Vana-Kasaritsa_(Kasaritsa)_vallavalitsus, lk 31
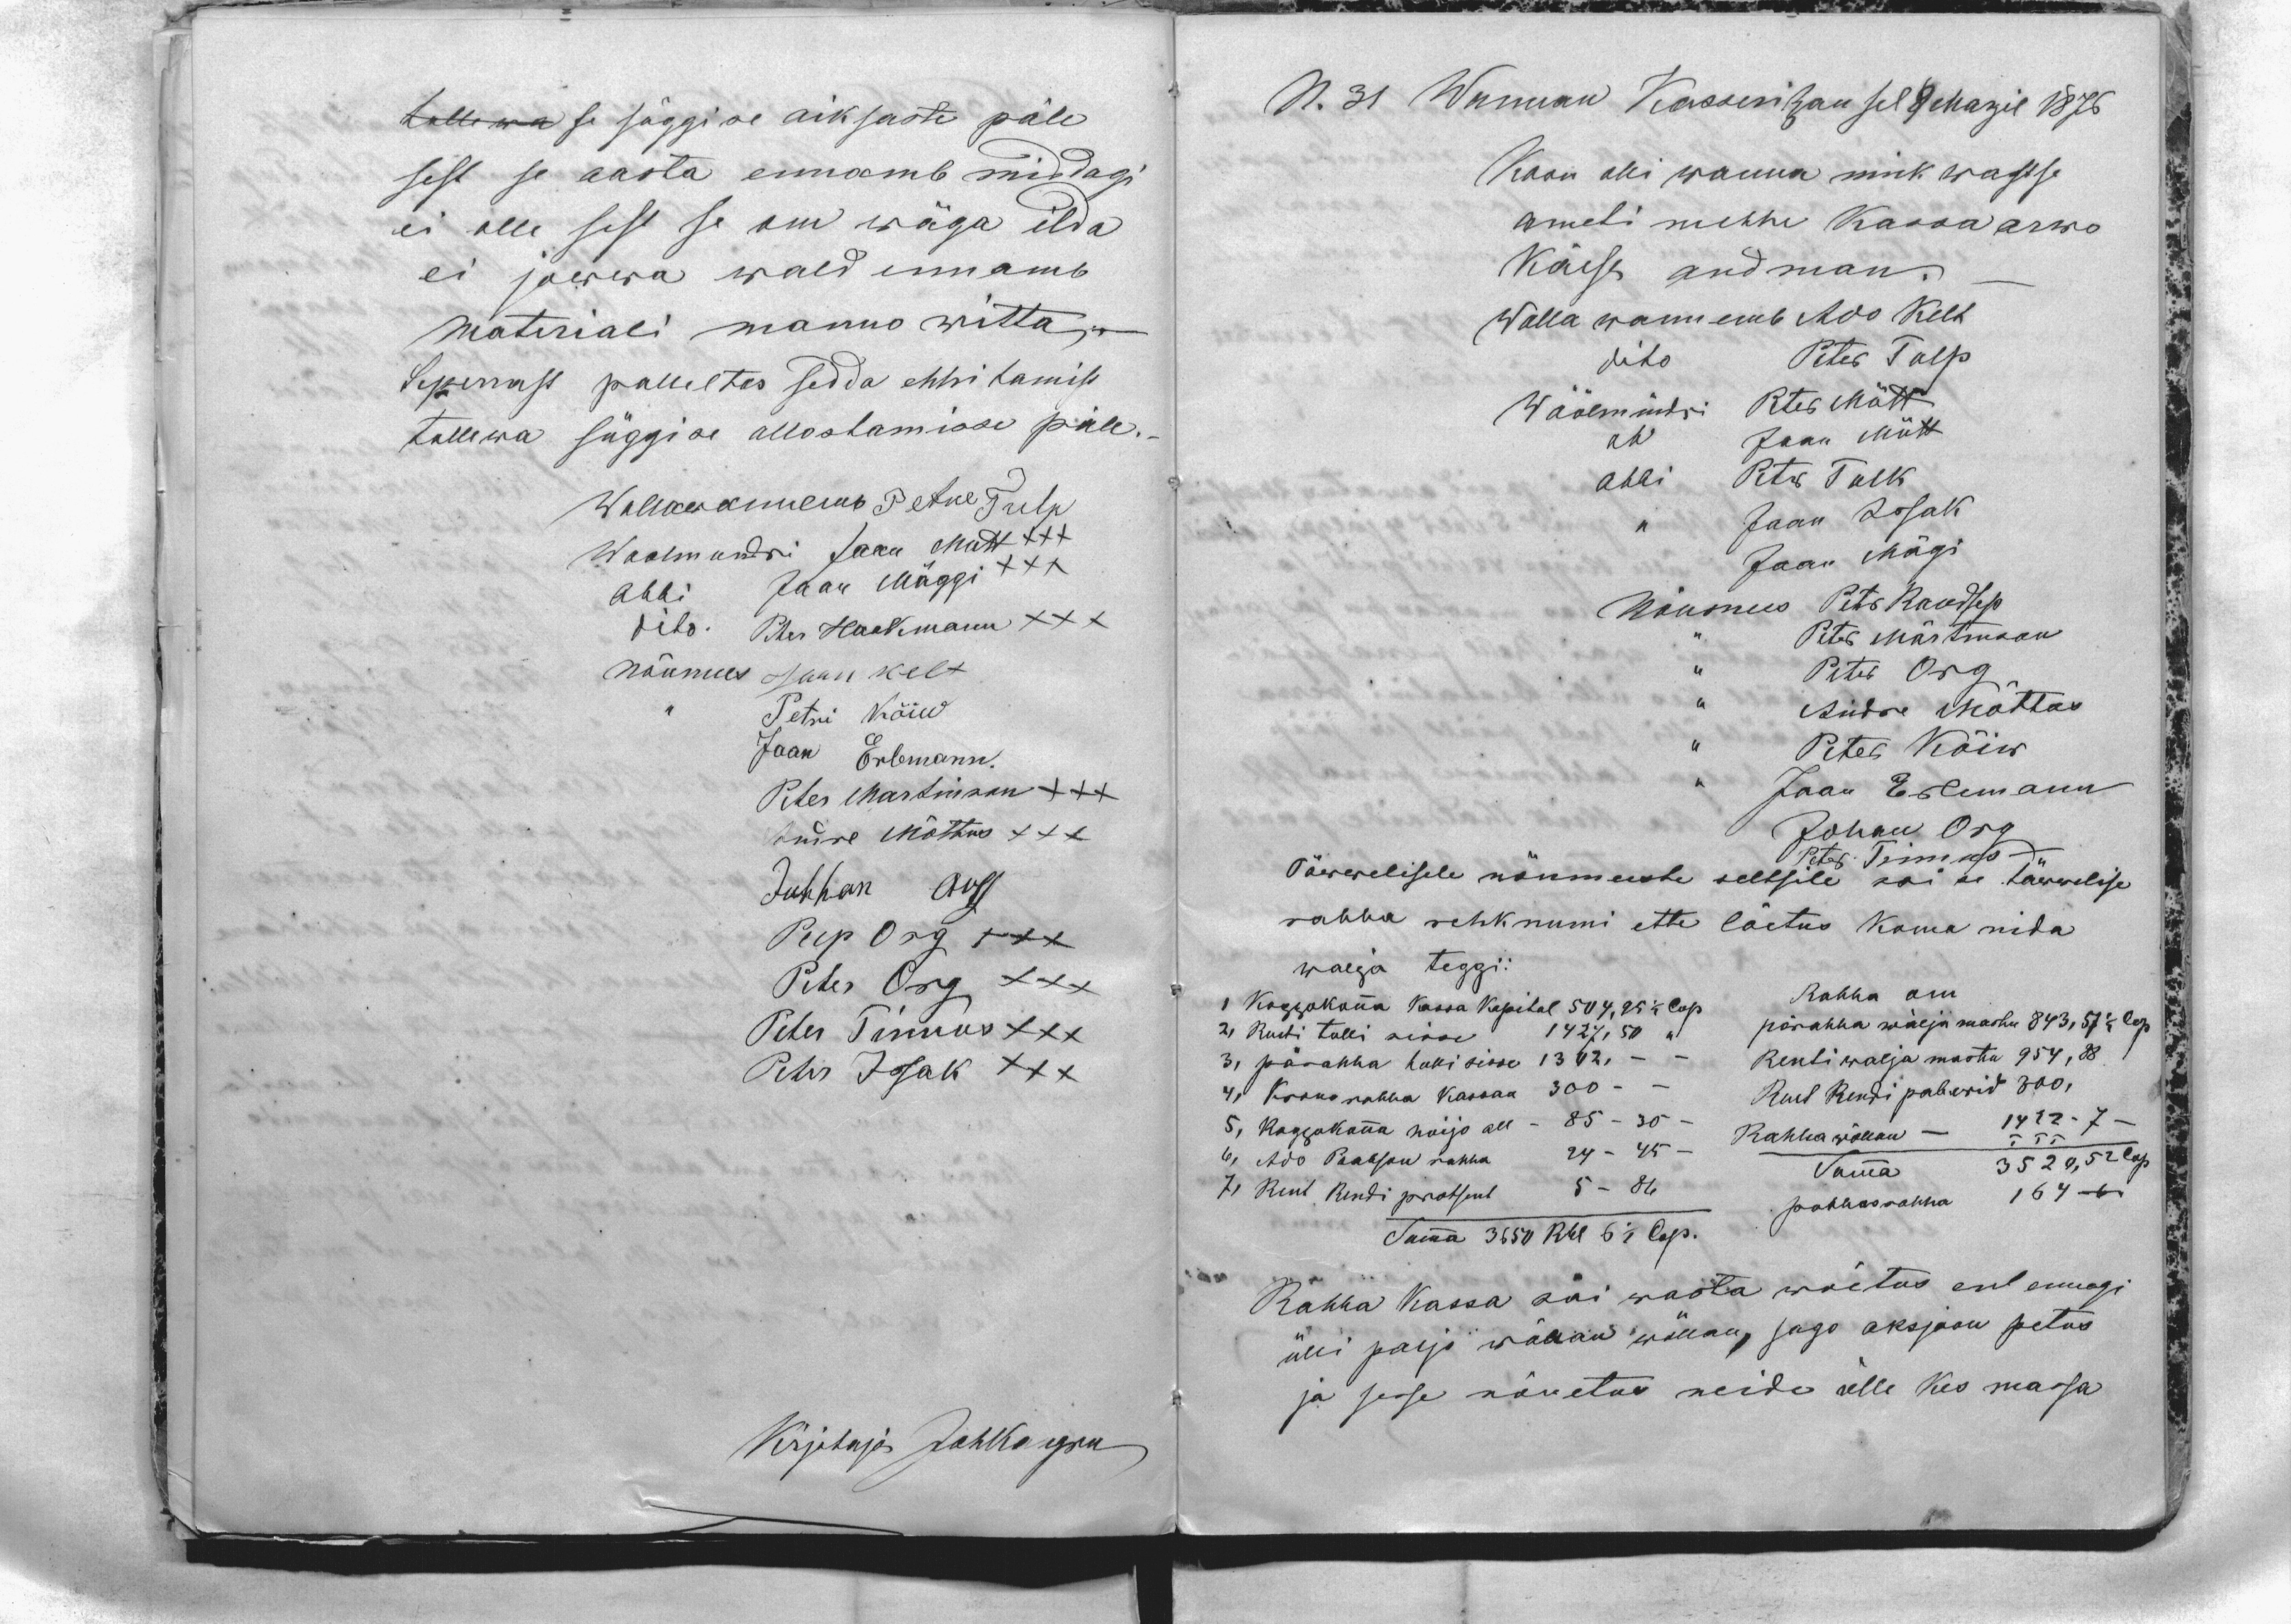
tulle wa se süggise aiksaste päle
sest se aasta ennamb middagi
ei olle sest se om wäga ilda
ei jowwa wald ennamb
Materiali manno witta.
Seperrast palleltas sedda ehhitamist
tullewa süggise allostamisse päle.
Wallawannemb Petre Tulp
Woolmundri Jaan Mutt XXX
Abbi Jaan Mäggi XXX
dito. Peter Hackmann XXX
nõumees Jaan Kelt
,, Petri Kõiw
Jaan Erlemann.
Peter Martinson XXX
Andre Mõttus XXX
Juhhan Org
Peep Org XXX
Peter Org XXX
Peter Tinnos XXX
Peter Issak XXX
Kirjotaja JohKangro

N. 31 Wannan Kasseritzan sel 9 Marzil 1876
Koon olli wanna nink wastse
ameti mehhe Kassa arwo
käest andman.
Walla wannemb Ado Kelt
dito Peter Tulp
Wöölmündri Peter Mütt
Abi Jaan Mütt
Abbi Peter Tolk
,, Jaan Issak
Jaan Mägi
Nõumees Peter Raudsep
,, Peter Märtinson
,, Peter Org
,, Andre Mõttus
,, Peter Kõiw
,, Jaan Erlemann
Johan Org
Peter Tinnos
Täwwelisele nõumeeste seltsile sai se täwwelise
rahha rehknumi ette loetus koma nida
walja teggi:
1 Koggokonna Kassa Kapital 504,95 1/2 Cop
2, Renti tulli sisse 1427,50 ,,
3, pärahha tulli sisse 1302, - -
4, Krono rahha Kassan 300 - -
5, Koggokonna hoijo all - 85 - 30 -
6, Ado Paabson rahha 24 - 45 -
7, Rent Rendi protsent 5 - 86
Summa 3650 Rbl 6 1/2 Cop.
Rahha om
pärahha wälja mastu 843, 57 1/2 Cop
Renti walja mastu 954, 88
Rent Rendi paberid 300,
Rahha wõllan - 1422 - 7 -
Summa 3520,52 Cop
puhhasrahha 164 -,,-
Rahha Kassa sai wasta wõetus ent ennegi
ülli paljo wõllan wõllan, sago oksjoon petus
ja sisse nõuetus neide ülle kes massa